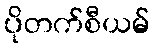
ပိုတက်စီယမ်